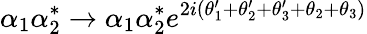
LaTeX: \alpha_{1}\alpha_{2}^{*}\rightarrow\alpha_{1}\alpha_{2}^{*}e^{2i(\theta_{1}^{\prime}+\theta_{2}^{\prime}+\theta_{3}^{\prime}+\theta_{2}+\theta_{3})}